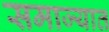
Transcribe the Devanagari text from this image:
समाज्यात